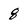
Character: 8